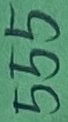
Text: 555